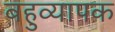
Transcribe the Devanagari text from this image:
बहुव्यापक